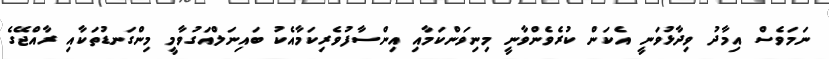
ނަމަވެސް އިމާދު ވިދާޅުވަނީ އެކަން ކުރެވެންވާނީ މިނިވަންކަމާއި އިންސާފުވެރިކަމާއެކު ބައިނަލްއަގުވާމީ މިންގަނޑުތަކާއި ރާއްޖޭގެ